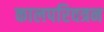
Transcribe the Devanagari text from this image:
कालपरिवत्रन